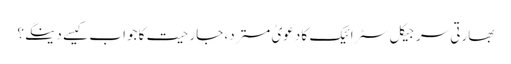
بھارتی سرجیکل سٹرائیک کا دعویٰ مسترد، جارحیت کا جواب کیسے دینگے؟